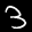
Label: 3